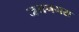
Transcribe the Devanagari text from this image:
जयनगरा